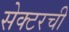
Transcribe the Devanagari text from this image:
सेक्टरची